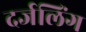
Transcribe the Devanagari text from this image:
दर्जलिंग